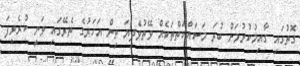
ގޮތުގައި ގާއިމުކުރުމަށް ބުރަ މަސައްކަތްތަކެއް ވޭތުވެދިޔަ ތިން އަހަރުގެ ތެރޭގައި ވަނީ ކުރެވިފަ